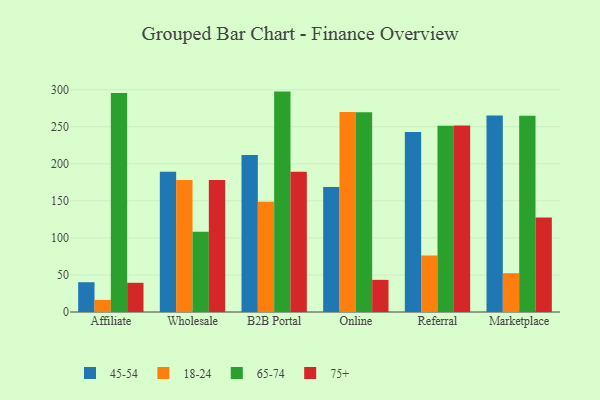
{"axis": {"x": "Channel", "y": "Website Visitors"}, "legend": ["18-24", "45-54", "65-74", "75+"], "data": [{"x": "Affiliate", "y": 40.2, "type": "45-54"}, {"x": "Affiliate", "y": 16.3, "type": "18-24"}, {"x": "Affiliate", "y": 295.5, "type": "65-74"}, {"x": "Affiliate", "y": 39.4, "type": "75+"}, {"x": "Wholesale", "y": 189.4, "type": "45-54"}, {"x": "Wholesale", "y": 178.1, "type": "18-24"}, {"x": "Wholesale", "y": 108.4, "type": "65-74"}, {"x": "Wholesale", "y": 178.3, "type": "75+"}, {"x": "B2B Portal", "y": 211.8, "type": "45-54"}, {"x": "B2B Portal", "y": 148.9, "type": "18-24"}, {"x": "B2B Portal", "y": 297.5, "type": "65-74"}, {"x": "B2B Portal", "y": 189.2, "type": "75+"}, {"x": "Online", "y": 168.7, "type": "45-54"}, {"x": "Online", "y": 269.9, "type": "18-24"}, {"x": "Online", "y": 269.5, "type": "65-74"}, {"x": "Online", "y": 43.4, "type": "75+"}, {"x": "Referral", "y": 243.0, "type": "45-54"}, {"x": "Referral", "y": 76.3, "type": "18-24"}, {"x": "Referral", "y": 251.3, "type": "65-74"}, {"x": "Referral", "y": 251.9, "type": "75+"}, {"x": "Marketplace", "y": 265.4, "type": "45-54"}, {"x": "Marketplace", "y": 52.4, "type": "18-24"}, {"x": "Marketplace", "y": 265.0, "type": "65-74"}, {"x": "Marketplace", "y": 127.6, "type": "75+"}]}